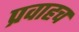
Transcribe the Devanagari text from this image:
प्रवाहच